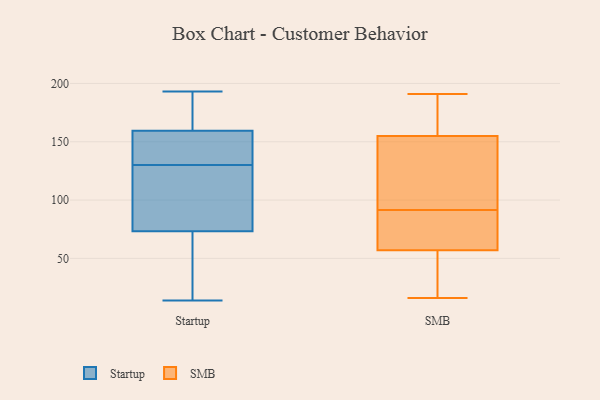
{"axis": {"x": "Shipments", "y": "Value"}, "legend": ["SMB", "Startup"], "data": [{"x": "", "y": 132, "type": "Startup"}, {"x": "", "y": 134, "type": "Startup"}, {"x": "", "y": 34, "type": "Startup"}, {"x": "", "y": 100, "type": "Startup"}, {"x": "", "y": 147, "type": "Startup"}, {"x": "", "y": 181, "type": "Startup"}, {"x": "", "y": 167, "type": "Startup"}, {"x": "", "y": 14, "type": "Startup"}, {"x": "", "y": 130, "type": "Startup"}, {"x": "", "y": 186, "type": "Startup"}, {"x": "", "y": 80, "type": "Startup"}, {"x": "", "y": 71, "type": "Startup"}, {"x": "", "y": 96, "type": "Startup"}, {"x": "", "y": 52, "type": "Startup"}, {"x": "", "y": 149, "type": "Startup"}, {"x": "", "y": 98, "type": "Startup"}, {"x": "", "y": 163, "type": "Startup"}, {"x": "", "y": 71, "type": "Startup"}, {"x": "", "y": 193, "type": "Startup"}, {"x": "", "y": 57, "type": "SMB"}, {"x": "", "y": 90, "type": "SMB"}, {"x": "", "y": 96, "type": "SMB"}, {"x": "", "y": 162, "type": "SMB"}, {"x": "", "y": 57, "type": "SMB"}, {"x": "", "y": 85, "type": "SMB"}, {"x": "", "y": 70, "type": "SMB"}, {"x": "", "y": 122, "type": "SMB"}, {"x": "", "y": 91, "type": "SMB"}, {"x": "", "y": 188, "type": "SMB"}, {"x": "", "y": 92, "type": "SMB"}, {"x": "", "y": 16, "type": "SMB"}, {"x": "", "y": 28, "type": "SMB"}, {"x": "", "y": 25, "type": "SMB"}, {"x": "", "y": 148, "type": "SMB"}, {"x": "", "y": 155, "type": "SMB"}, {"x": "", "y": 191, "type": "SMB"}, {"x": "", "y": 171, "type": "SMB"}]}